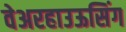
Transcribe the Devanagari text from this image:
वेअरहाउऊसिंग